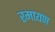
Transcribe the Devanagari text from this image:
रमायण